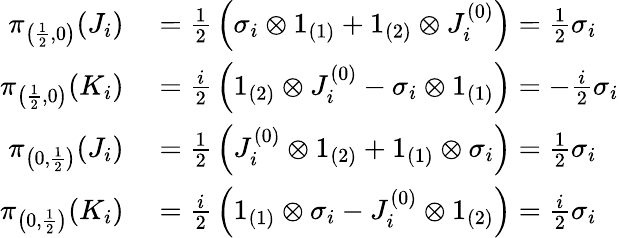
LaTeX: \begin{array}{rl}{\pi_{\left({\frac{1}{2}},0\right)}(J_{i})}&{{}={\frac{1}{2}}\left(\sigma_{i}\otimes 1_{(1)}+1_{(2)}\otimes J_{i}^{(0)}\right)={\frac{1}{2}}\sigma_{i}}\\ {\pi_{\left({\frac{1}{2}},0\right)}(K_{i})}&{{}={\frac{i}{2}}\left(1_{(2)}\otimes J_{i}^{(0)}-\sigma_{i}\otimes 1_{(1)}\right)=-{\frac{i}{2}}\sigma_{i}}\\ {\pi_{\left(0,{\frac{1}{2}}\right)}(J_{i})}&{{}={\frac{1}{2}}\left(J_{i}^{(0)}\otimes 1_{(2)}+1_{(1)}\otimes\sigma_{i}\right)={\frac{1}{2}}\sigma_{i}}\\ {\pi_{\left(0,{\frac{1}{2}}\right)}(K_{i})}&{{}={\frac{i}{2}}\left(1_{(1)}\otimes\sigma_{i}-J_{i}^{(0)}\otimes 1_{(2)}\right)={\frac{i}{2}}\sigma_{i}}\end{array}